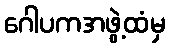
ဂေါပကအဖွဲ့ထံမှ